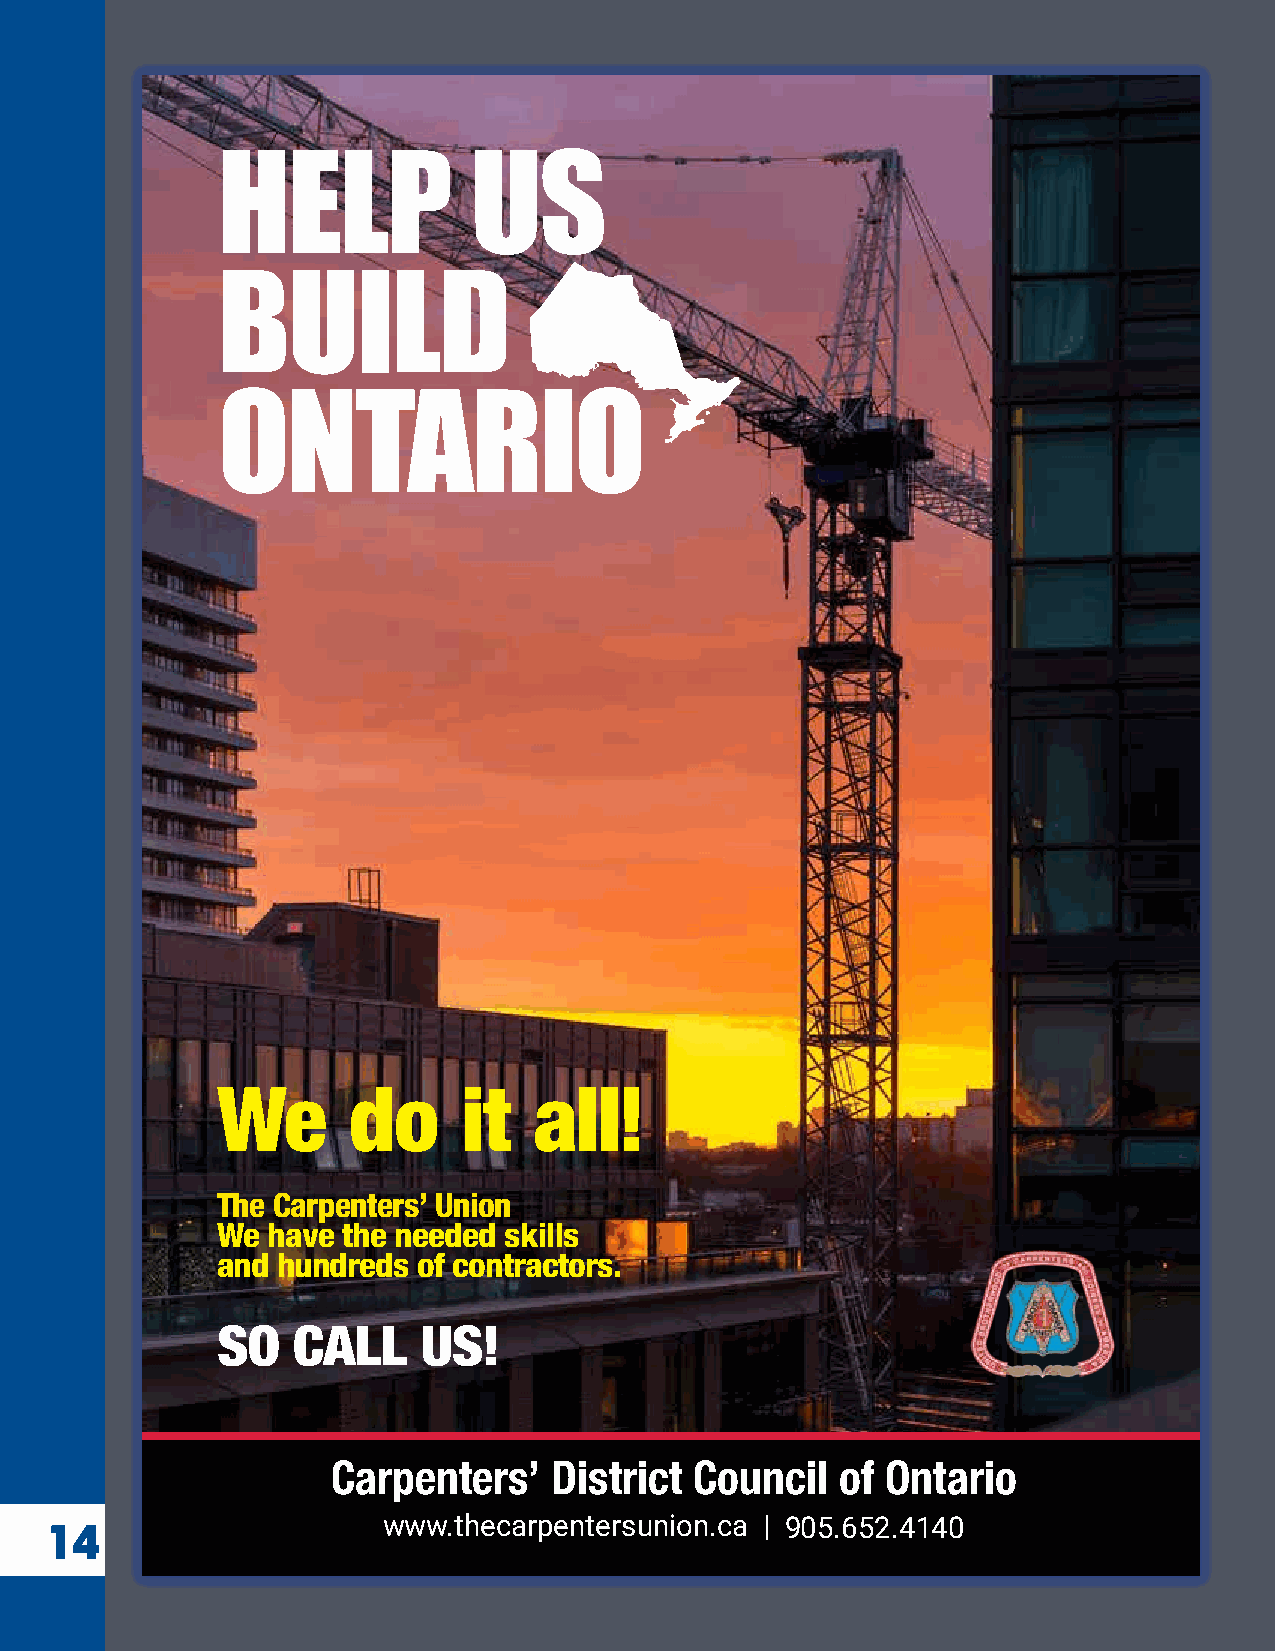
HELP             US
 BUILD
 ONTARIO
 We       do      it  all!
 The Carpenters’ Union
 We  have the needed skills
 and hundreds  of contractors.
 SO   CALL     US!
 Carpenters’   District  Council   of Ontario
 14                    www.thecarpentersunion.ca | 905.652.4140